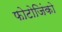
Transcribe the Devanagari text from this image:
फोटोजिंको